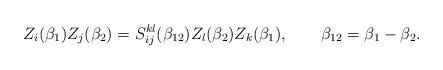
LaTeX: \begin{align*}Z_i(\beta_1)Z_j(\beta_2)= S_{ij}^{kl}(\beta_{12})Z_l(\beta_2)Z_k(\beta_1), \qquad \beta_{12}=\beta_1-\beta_2.\end{align*}